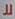
لل